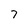
Character: 7